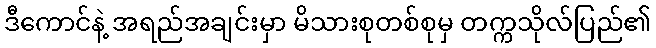
ဒီကောင်နဲ့ အရည်အချင်းမှာ မိသားစုတစ်စုမှ တက္ကသိုလ်ပြည်၏